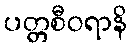
ပတ္တစီဝရာနိ